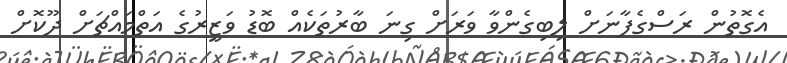
އެގޮތުން ރަސްގެފާނަށް ލިބިގެންވާ ވަރަށް ގިނަ ބާރުތަކެއް ބޮޑު ވަޒީރުގެ އަތްމައްޗަށް ދޫކޮށް